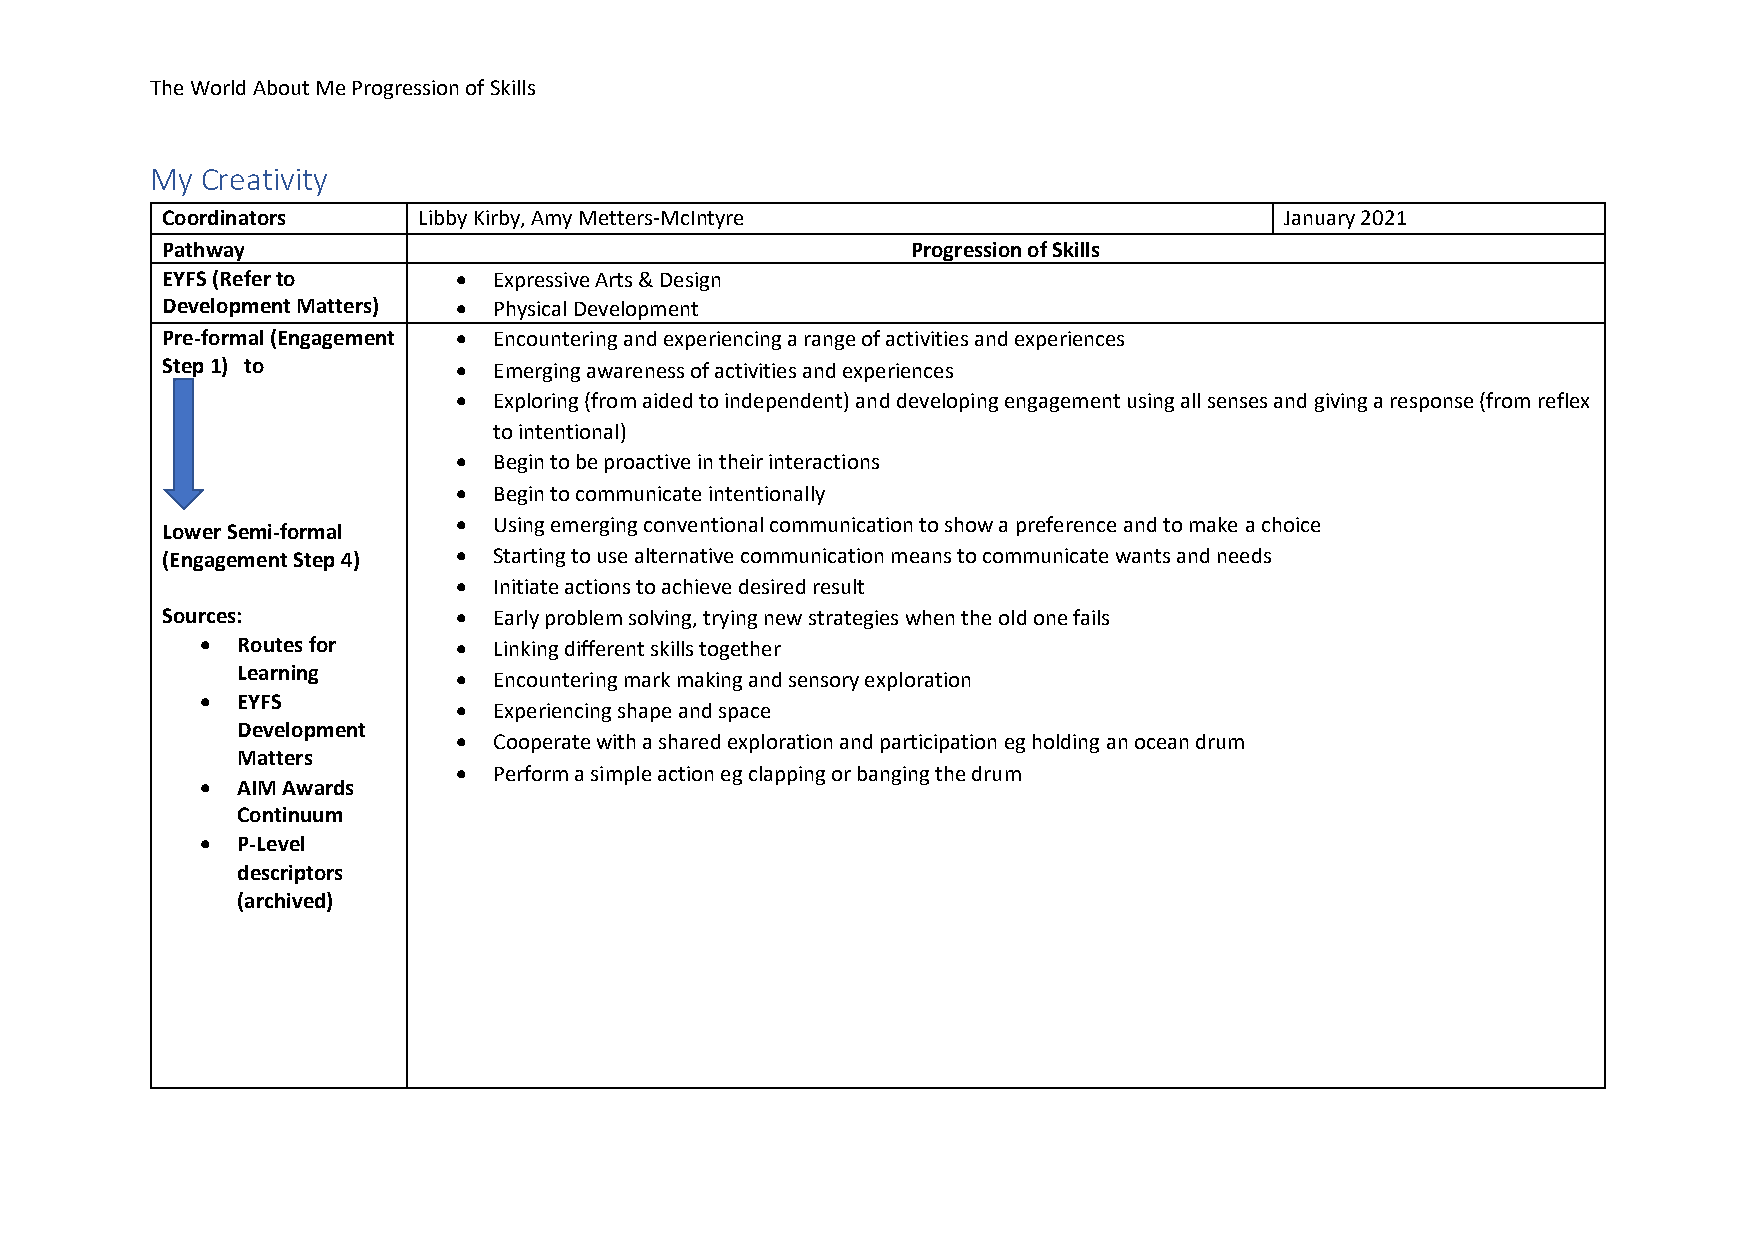
The World About Me Progression of Skills
 My Creativity
 Coordinators     Libby Kirby, Amy Metters-McIntyre                        January 2021
 Pathway                                          Progression of Skills
 EYFS (Refer to     •  Expressive Arts & Design
 Development Matters) • Physical Development
 Pre-formal (Engagement • Encountering and experiencing a range of activities and experiences
 Step 1) to         •  Emerging awareness of activities and experiences
 •  Exploring (from aided to independent) and developing engagement using all senses and giving a response (from reflex
 to intentional)
 •  Begin to be proactive in their interactions
 •  Begin to communicate intentionally
 •  Using emerging conventional communication to show a preference and to make a choice
 Lower Semi-formal
 (Engagement Step 4) • Starting to use alternative communication means to communicate wants and needs
 •  Initiate actions to achieve desired result
 Sources:           •  Early problem solving, trying new strategies when the old one fails
 •  Routes for    •  Linking different skills together
 Learning
 •  Encountering mark making and sensory exploration
 •  EYFS
 •  Experiencing shape and space
 Development
 •  Cooperate with a shared exploration and participation eg holding an ocean drum
 Matters
 •  Perform a simple action eg clapping or banging the drum
 •  AIM Awards
 Continuum
 •  P-Level
 descriptors
 (archived)